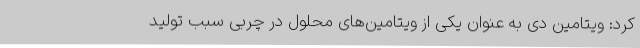
کرد: ویتامین دی به عنوان یکی از ویتامین‌های محلول در چربی سبب تولید